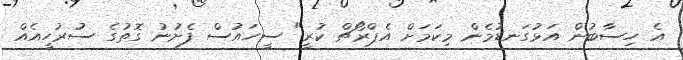
އެ ހިސާބުން އަޅުގަނޑުމެން މިކަމަށް އެޕްރޯޗް ކުރީ" ސީހައުސް ފެށުނު ގޮތުގެ ސުރުހީއެއް